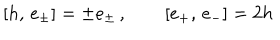
[ h , \, e _ { \pm } ^ { } ] = \pm e _ { \pm } ^ { } \, , \qquad [ e _ { + } ^ { } , \, e _ { - } ^ { } ] = 2 h \,